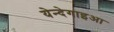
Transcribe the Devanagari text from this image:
येन्देगाइआ